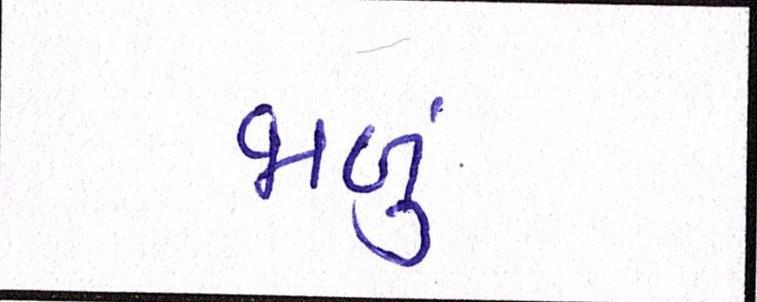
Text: જાળું